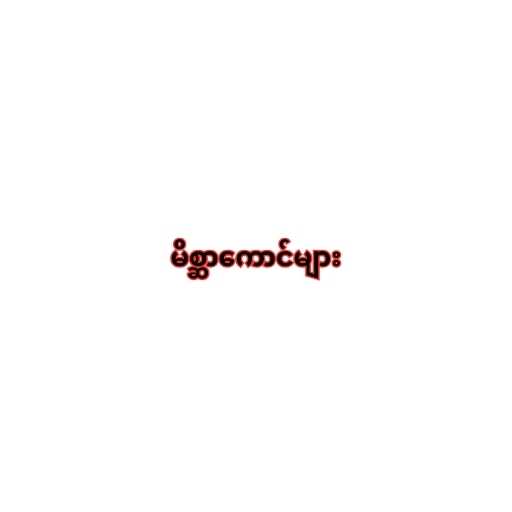
မိစ္ဆာကောင်များ